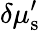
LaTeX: \delta\mu_{\mathrm{s}}^{\prime}